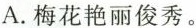
A.梅花艳丽俊秀。